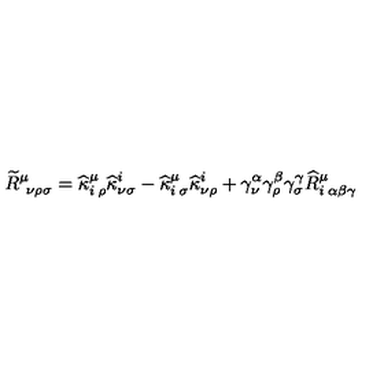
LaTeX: \widetilde { R } _ { \: \: \nu \rho \sigma } ^ { \mu } = \widehat { \kappa } _ { i \: \rho } ^ { \mu } \widehat { \kappa } _ { \nu \sigma } ^ { i } - \widehat { \kappa } _ { i \: \sigma } ^ { \mu } \widehat { \kappa } _ { \nu \rho } ^ { i } + \gamma _ { \nu } ^ { \alpha } \gamma _ { \rho } ^ { \beta } \gamma _ { \sigma } ^ { \gamma } \widehat { R } _ { i \: \alpha \beta \gamma } ^ { \mu }